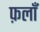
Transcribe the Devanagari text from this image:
फ़लाँ